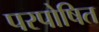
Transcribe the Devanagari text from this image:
परपोषित